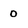
Character: 0